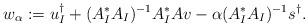
LaTeX: \begin{align*} w_\alpha := u_I^\dagger + (A_I^*A_I)^{-1}A_I^*Av - \alpha (A_I^*A_I)^{-1}s^\dagger. \end{align*}